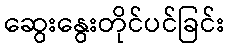
ဆွေးနွေးတိုင်ပင်ခြင်း